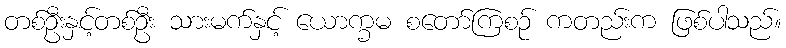
တစ်ဦးနှင့်တစ်ဦး သားမက်နှင့် ယောက္ခမ စတော်ကြစဉ် ကတည်းက ဖြစ်ပါသည်။